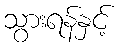
သွားရန်နှင့်